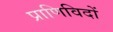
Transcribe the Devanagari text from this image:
प्राणिविदों